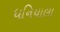
ધનિયાલા